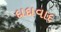
દાદાવાદ